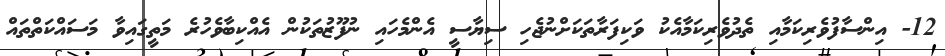
12- އިންސާފުވެރިކަމާއި ތެދުވެރިކަމާއެކު ވަކިފަރާތަކަށްނުޖެހި ސިޔާސީ އެންމެހައި ނުފޫޒުތަކުން އެއްކިބާވެހުރެ މަތީގައިވާ މަސައްކަތްތައް